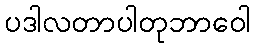
ပဒါလတာပါတုဘာဝေါ